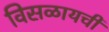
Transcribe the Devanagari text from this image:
विसळायची